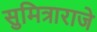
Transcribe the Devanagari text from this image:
सुमित्राराजे